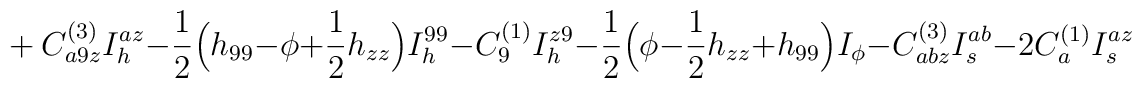
+ \ C^{(3)}_{a9z}I_h^{az} -\frac{1}{2} \Bigl( h_{99} -\phi +\frac{1}{2}h_{zz} \Bigr) I_h^{99} - C^{(1)}_9 I_h^{z9}- \frac{1}{2} \Bigl( \phi - \frac{1}{2} h_{zz} + h_{99}\Bigr) I_\phi -C^{(3)}_{abz} I_s^{ab} - 2 C^{(1)}_a I_s^{az}